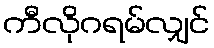
ကီလိုဂရမ်လျှင်